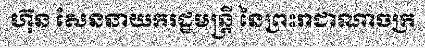
ហ៊ុន សែននាយករដ្ឋមន្ត្រី នៃព្រះរាជាណាចក្រ